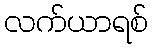
လက်ယာရစ်